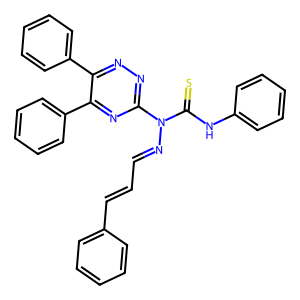
SMILES: S=C(Nc1ccccc1)N(N=CC=Cc1ccccc1)c1nnc(-c2ccccc2)c(-c2ccccc2)n1
Inhibits HIV replication: No